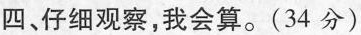
四、仔细观察，我会算。(34分)